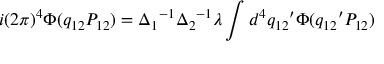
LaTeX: i ( 2 \pi ) ^ { 4 } \Phi ( q _ { 1 2 } P _ { 1 2 } ) = { \Delta _ { 1 } } ^ { - 1 } { \Delta _ { 2 } } ^ { - 1 } \lambda \int d ^ { 4 } { q _ { 1 2 } } ^ { \prime } \Phi ( { q _ { 1 2 } } ^ { \prime } P _ { 1 2 } )